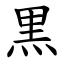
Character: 黒